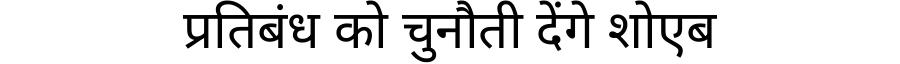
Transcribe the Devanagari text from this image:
प्रतिबंध को चुनौती देंगे शोएब